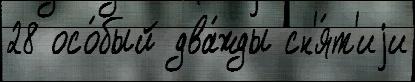
28 осо́бый два́жды сн'я́т'иjи